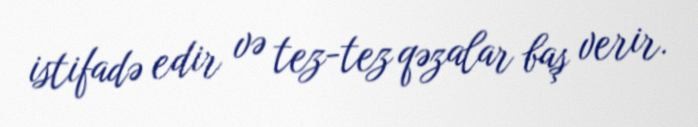
istifadə edir və tez-tez qəzalar baş verir.